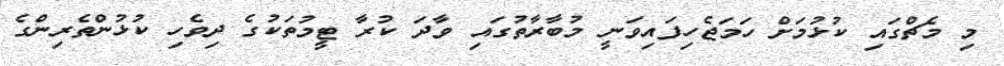
މި މެޗްގައި ކުޅުމަށް ހަމަޖެހިފައިވަނީ މުބާރާތުގައި ވާދަ ކުރާ ޓީމުތަކުގެ ދިވެހި ކުޅުންތެރިންގެ